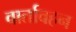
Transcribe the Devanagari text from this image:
वार्तावहन